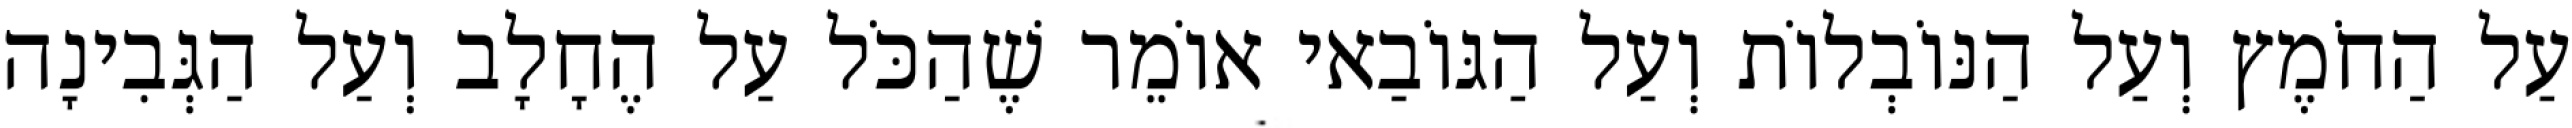
עַל הַחֹמֶץ וְעַל הַנּוֹבְלוֹת וְעַל הַגּוֹבַאי אוֹמֵר שֶׁהַכֹּל עַל הֶחָלָב וְעַל הַגְּבִינָה